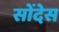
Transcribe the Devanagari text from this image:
सोंदेस